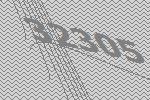
32305